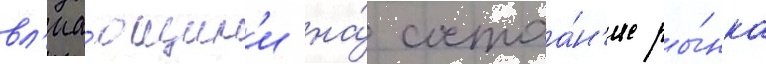
вл'иа́ющим'и на́ состоа́н'ие ры́нка